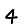
Digit: 4